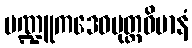
မဏ္ဍူကဒေဝပုတ္တဝိမာနံ